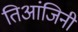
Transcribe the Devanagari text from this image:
तिआंजिनी